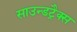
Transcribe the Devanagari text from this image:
साउन्डट्रैक्स